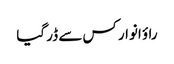
راؤ انوار کس سے ڈر گیا